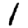
Digit: 1